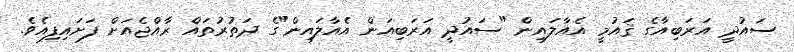
ސައުދީ އަރަބިއާގެ ޤައުމީ އެއާލައިން "ސައުދީ އަރަބިއަން އެއާލައިން"ގެ ދަތުރުތައް ރާއްޖެއަށް ފަށައިފިއެވެ.